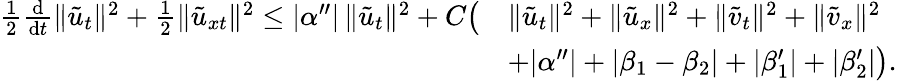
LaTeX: \begin{array}{rl}{\frac{1}{2}\frac{\mathrm{d}}{\mathrm{d}t}\| \tilde{u}_{t}\| ^{2}+\frac 12\| \tilde{u}_{xt}\| ^{2}\le|\alpha^{\prime\prime}|\, \| \tilde{u}_{t}\| ^{2}+C\big(}&{\| \tilde{u}_{t}\| ^{2}+\| \tilde{u}_{x}\| ^{2}+\| \tilde{v}_{t}\| ^{2}+\| \tilde{v}_{x}\| ^{2}}\\ &{+|\alpha^{\prime\prime}|+|\beta_{1}-\beta_{2}|+|\beta_{1}^{\prime}|+|\beta_{2}^{\prime}|\big).}\end{array}